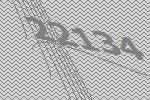
22134